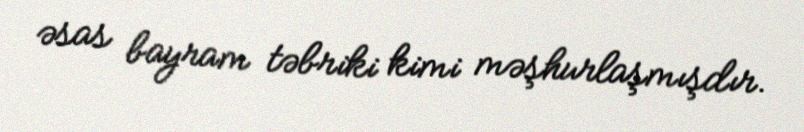
əsas bayram təbriki kimi məşhurlaşmışdır.